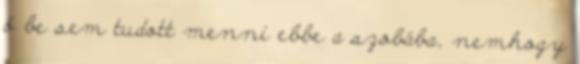
ő be sem tudott menni ebbe a szobába, nemhogy